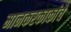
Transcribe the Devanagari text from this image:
मानकरकाकांचे